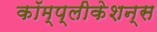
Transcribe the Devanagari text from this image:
कॉम्प्लीकेशन्स